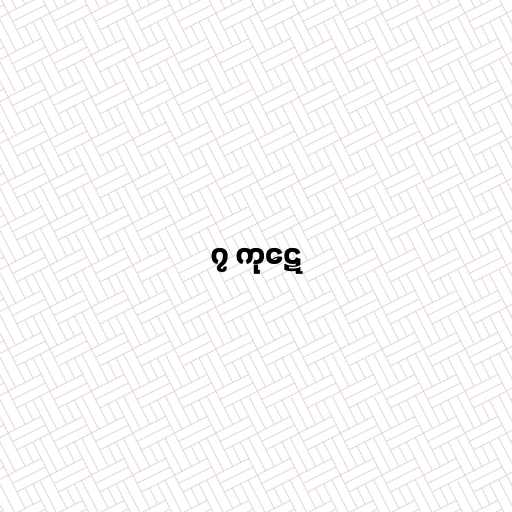
၇ ကုဋေ